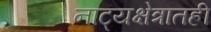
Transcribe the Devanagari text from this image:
नाट्यक्षेत्रातही